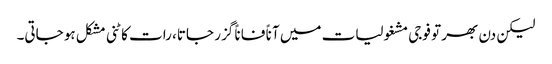
لیکن دن بھر تو فوجی مشغولیات میں آناً فاناً گزر جاتا، رات کاٹنی مشکل ہو جاتی۔